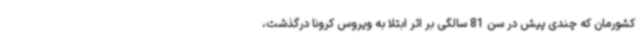
کشورمان که چندی پیش در سن 81 سالگی بر اثر ابتلا به ویروس کرونا درگذشت،